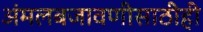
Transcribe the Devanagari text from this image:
अंमलबजावणीसाठीही